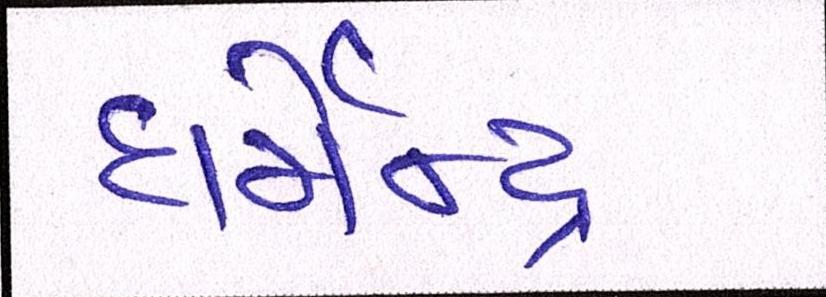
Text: ધર્મેન્દ્ર